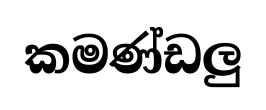
කමණ්ඩලු